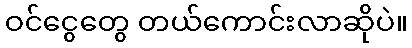
ဝင်ငွေတွေ တယ်ကောင်းလာဆိုပဲ။